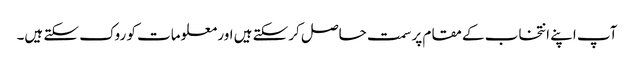
آپ اپنے انتخاب کے مقام پر سمت حاصل کرسکتے ہیں اور معلومات کو روک سکتے ہیں۔